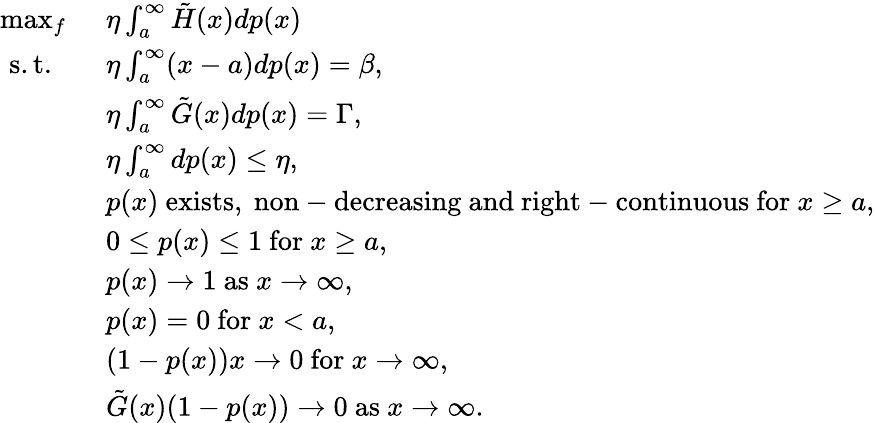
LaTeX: \begin{array}{rl}{\operatorname*{max}_{f}\ }&{\eta\int_{a}^{\infty}\tilde{H}(x)dp(x)}\\ {\mathrm{~s.t.~}\ \ }&{\eta\int_{a}^{\infty}(x-a)dp(x)=\beta,}\\ &{\eta\int_{a}^{\infty}\tilde{G}(x)dp(x)=\Gamma,}\\ &{\eta\int_{a}^{\infty}dp(x)\leq\eta,}\\ &{p(x)\ \mathrm{exists,~non-decreasing~and~right-continuous~for~}x\geq a,}\\ &{0\leq p(x)\leq 1\ \mathrm{for}\ x\geq a,}\\ &{p(x)\rightarrow 1\ \mathrm{as}\ x\rightarrow\infty,}\\ &{p(x)=0\ \mathrm{for}\ x<a,}\\ &{(1-p(x))x\rightarrow 0\ \mathrm{for}\ x\rightarrow\infty,}\\ &{\tilde{G}(x)(1-p(x))\rightarrow 0\ \mathrm{as}\ x\rightarrow\infty.}\end{array}